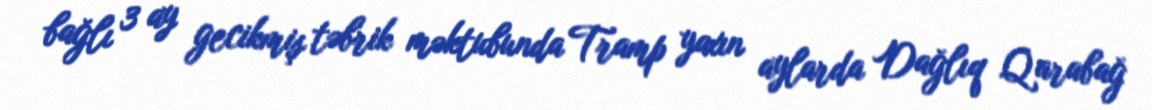
bağlı 3 ay gecikmiş təbrik məktubunda Tramp yaxın aylarda Dağlıq Qarabağ